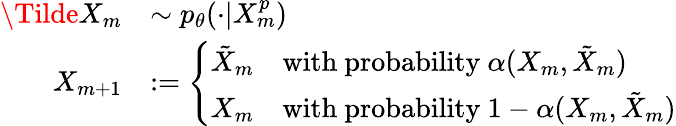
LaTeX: \begin{array}{rl}{\Tilde{X}_{m}}&{\sim p_{\theta}(\cdot|X_{m}^{p})}\\ {X_{m+1}}&{:=\left\{ \begin{array}{ll}{\tilde{X}_{m}}&{\mathrm{with~probability~}\alpha(X_{m},\tilde{X}_{m})}\\ {X_{m}}&{\mathrm{with~probability~}1-\alpha(X_{m},\tilde{X}_{m})}\end{array}\right.}\end{array}